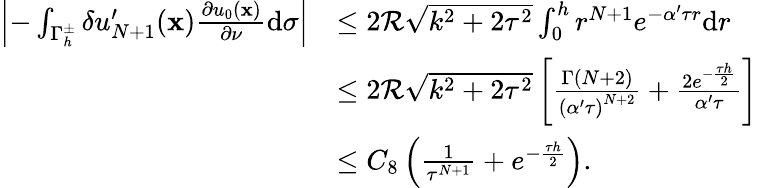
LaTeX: \begin{array}{rl}{\left|-\int_{{\Gamma_{h}^{\pm}}}\delta{u_{N+1}^{\prime}(\mathbf x){\frac{\partial{u_{0}}(\mathbf x)}{\partial\nu}}}\mathrm d\sigma\right|}&{\leq 2\mathcal{R}\sqrt{{k^{2}}+2{\tau^{2}}}\int_{0}^{h}{{r^{N+1}}{e^{-\alpha^{\prime}\tau r}}\mathrm dr}}\\ &{\leq 2\mathcal{R}\sqrt{{k^{2}}+2{\tau^{2}}}\left[{\frac{\Gamma(N+2)}{{{(\alpha^{\prime}\tau)}^{N+2}}}}+{\frac{2{e^{-{\frac{\tau h}{2}}}}}{\alpha^{\prime}\tau}}\right]}\\ &{\leq C_{8}\left({\frac{1}{{\tau^{N+1}}}}+{{{e^{-{\frac{\tau h}{2}}}}}}\right).}\end{array}